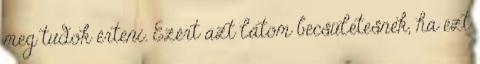
meg tudok érteni. Ezért azt látom becsületesnek, ha ezt